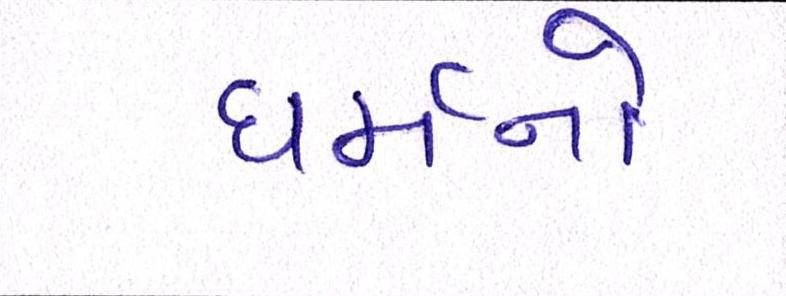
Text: ધર્મનો